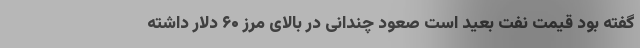
گفته بود قیمت نفت بعید است صعود چندانی در بالای مرز ۶۰ دلار داشته